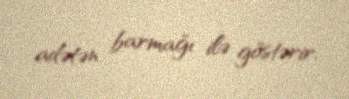
adətən barmağı ilə göstərir.